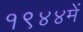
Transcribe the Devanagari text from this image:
१९४४में